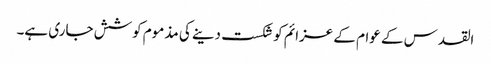
القدس کے عوام کے عزائم کو شکست دینے کی مذموم کوشش جاری ہے۔